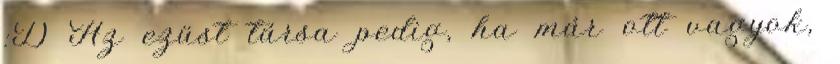
:D Az ezüst társa pedig, ha már ott vagyok,